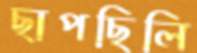
ছাপছিলি